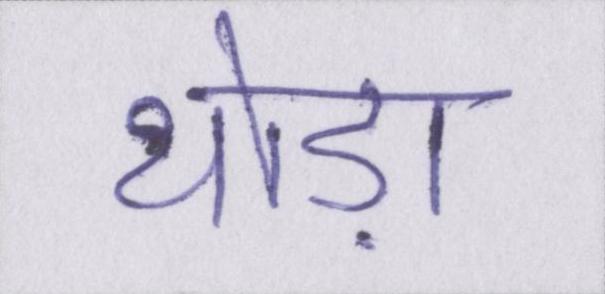
थोड़ा